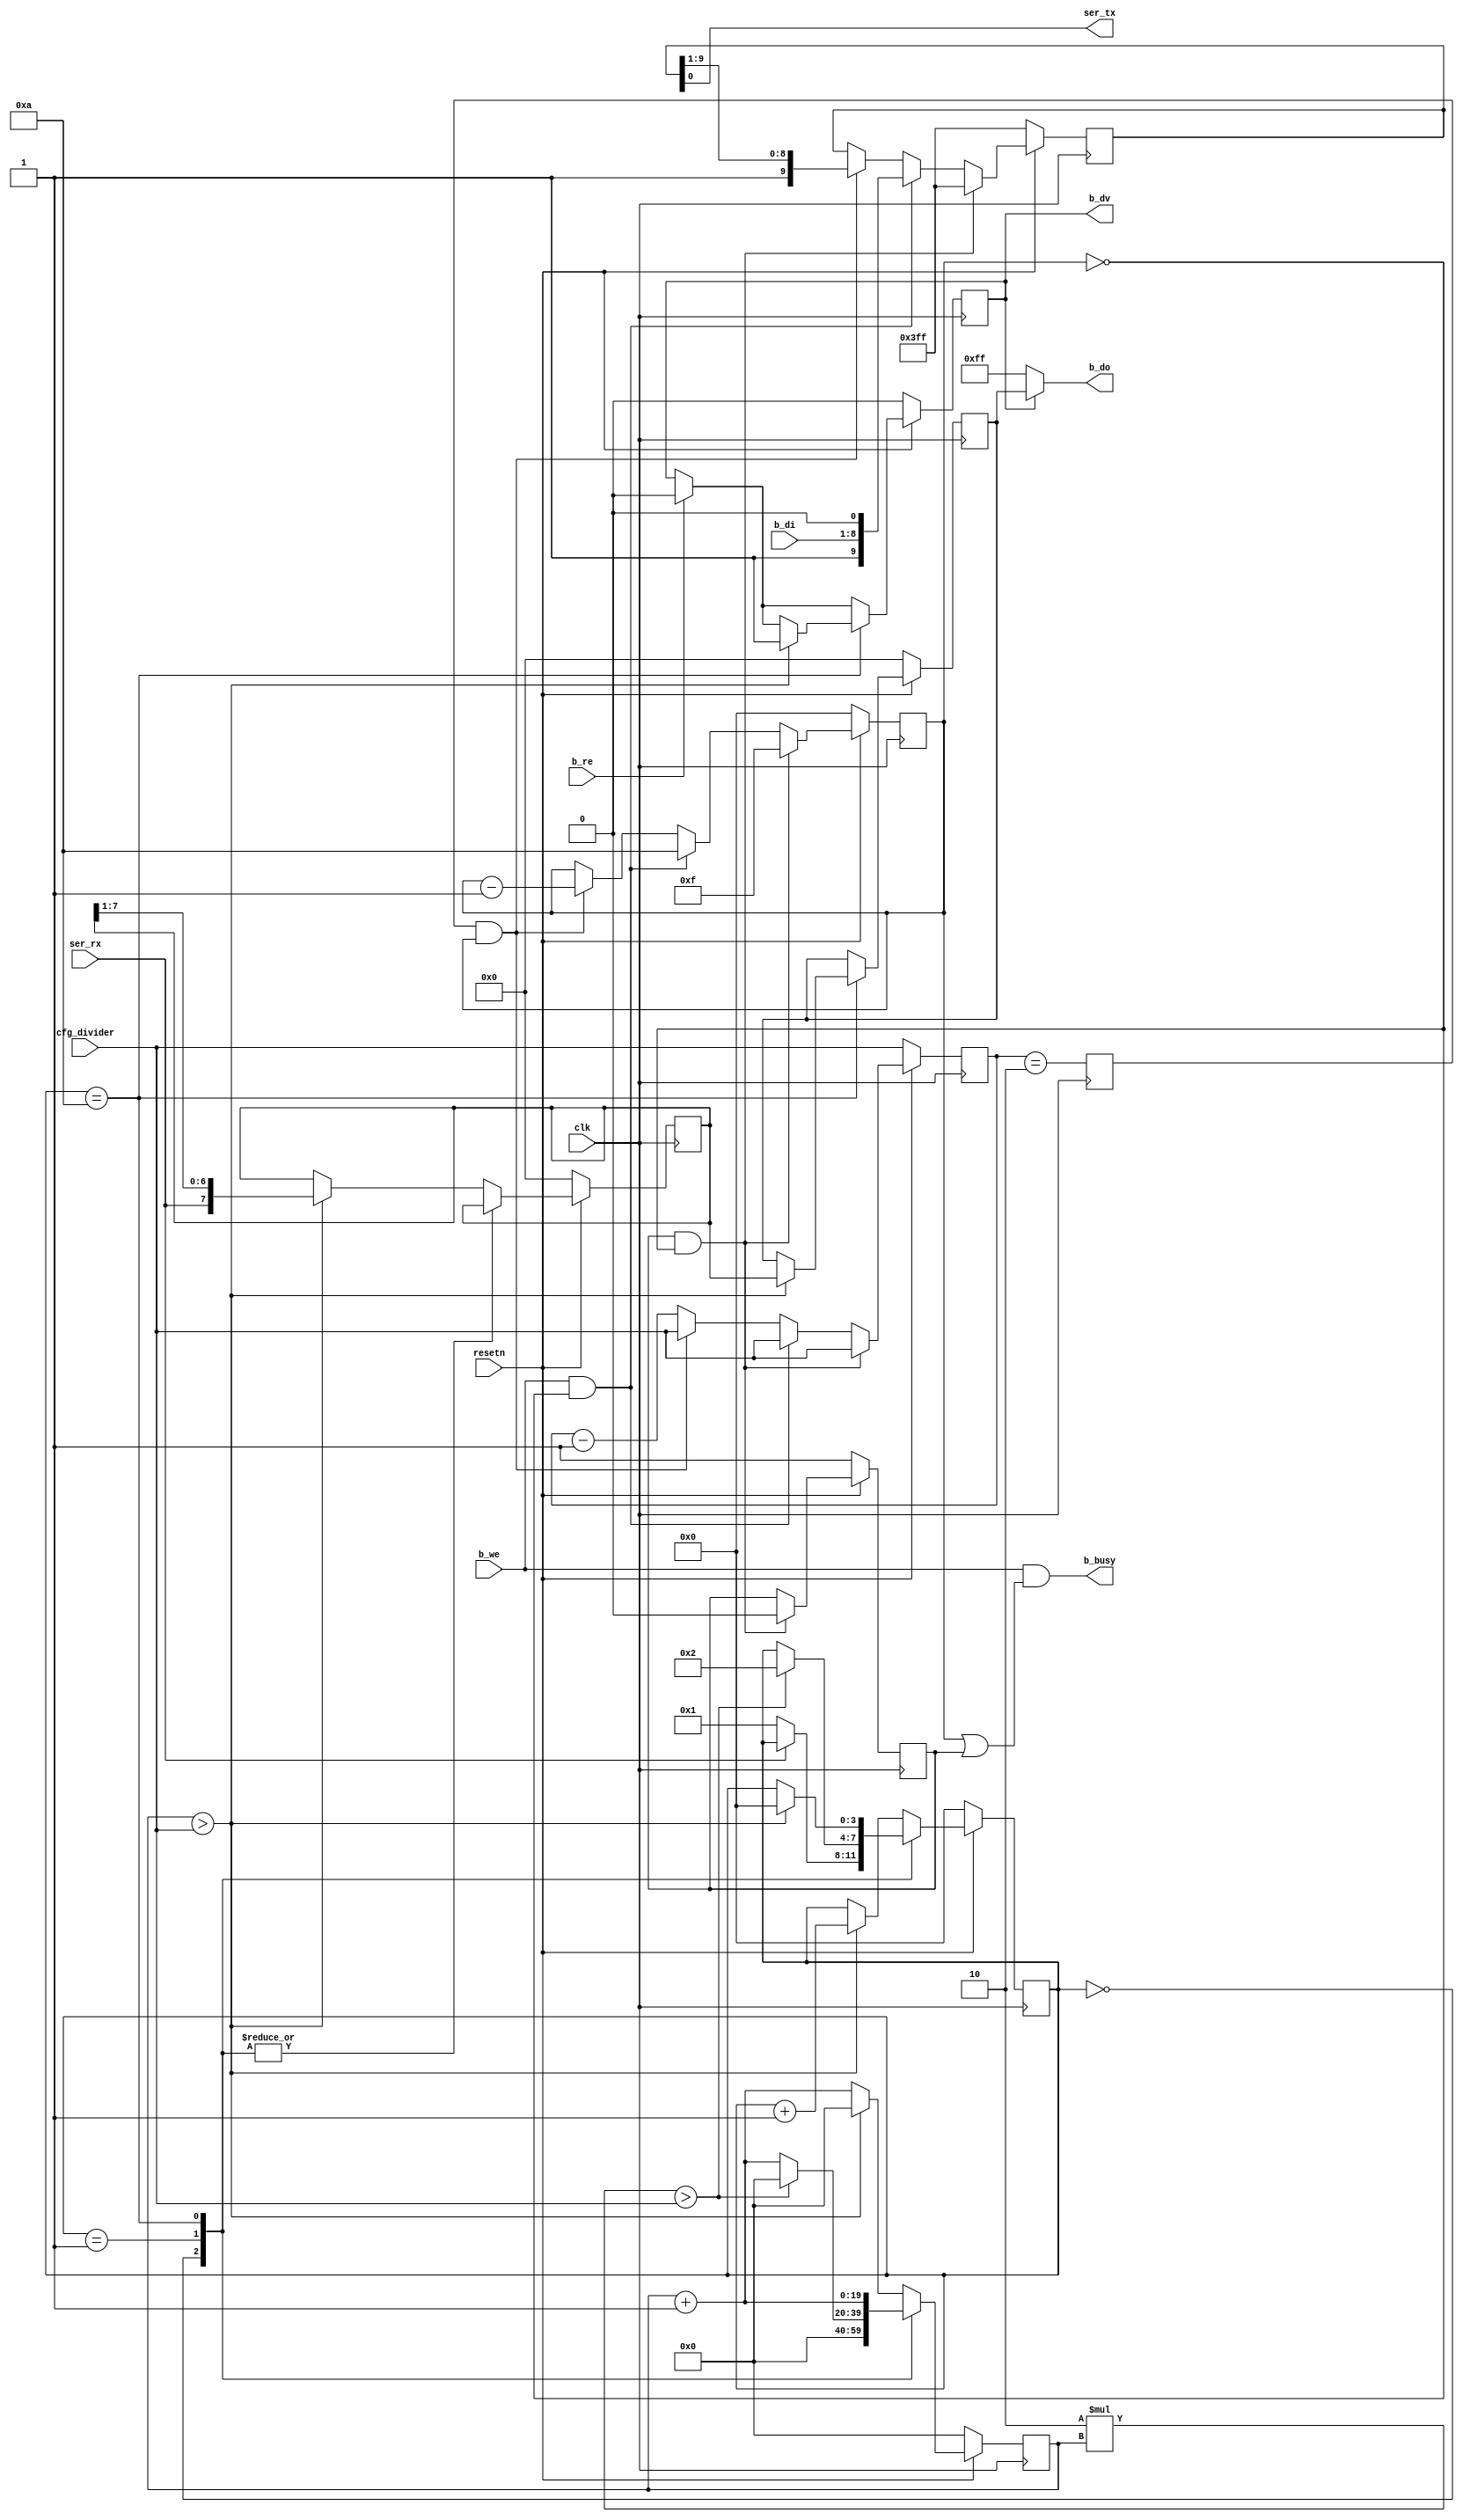
/*
 *  PicoSoC - A simple example SoC using PicoRV32
 *
 *  Copyright (C) 2017  Clifford Wolf <clifford@clifford.at>
 *
 *  Permission to use, copy, modify, and/or distribute this software for any
 *  purpose with or without fee is hereby granted, provided that the above
 *  copyright notice and this permission notice appear in all copies.
 *
 *  THE SOFTWARE IS PROVIDED "AS IS" AND THE AUTHOR DISCLAIMS ALL WARRANTIES
 *  WITH REGARD TO THIS SOFTWARE INCLUDING ALL IMPLIED WARRANTIES OF
 *  MERCHANTABILITY AND FITNESS. IN NO EVENT SHALL THE AUTHOR BE LIABLE FOR
 *  ANY SPECIAL, DIRECT, INDIRECT, OR CONSEQUENTIAL DAMAGES OR ANY DAMAGES
 *  WHATSOEVER RESULTING FROM LOSS OF USE, DATA OR PROFITS, WHETHER IN AN
 *  ACTION OF CONTRACT, NEGLIGENCE OR OTHER TORTIOUS ACTION, ARISING OUT OF
 *  OR IN CONNECTION WITH THE USE OR PERFORMANCE OF THIS SOFTWARE.
 *
 */
/*
 *  simpleuart lightly modified by L. Doolittle from C. Wolf's original:
 *    cfg_divider is a direct input, rather than attaching to a host bus
 *    send_divcnt and recv_divcnt are now only 20 bits wide
 *    reg_dat_ names are shortened to b_
 *    actual data ports are now only 8 bits wide (not padded to 32)
 *    b_busy and b_dv are new outputs
 *    send_divcnt is now a down-counter with pipelined terminal count detect
 *
 *  Baud rate computation:
 *    One bit time is clk period * cfg_divider
 *    e.g., use cfg_divider = 13021 for 9600 baud with 125 MHz clk
 *    minimum valid value of cfg_divider is 2.
 */

// Should the 20-bit divider width be parameterized?
module simpleuart (
	input clk,
	input resetn,

	output ser_tx,
	input  ser_rx,

	input  [19:0] cfg_divider,

	input        b_we,
	input        b_re,
	input  [7:0] b_di,
	output [7:0] b_do,
	output       b_dv,
	output       b_busy
);

	reg [3:0] recv_state;
	reg [19:0] recv_divcnt;
	reg [7:0] recv_pattern;
	reg [7:0] recv_buf_data;
	reg recv_buf_valid;

	reg [9:0] send_pattern;
	reg [3:0] send_bitcnt;
	reg [19:0] send_divcnt;
	reg send_divcnt_done;
	reg send_dummy;


	assign b_busy = b_we && (send_bitcnt || send_dummy);
	assign b_do = recv_buf_valid ? recv_buf_data : ~0;
	assign b_dv = recv_buf_valid;

	always @(posedge clk) begin
		if (!resetn) begin
			recv_state <= 0;
			recv_divcnt <= 0;
			recv_pattern <= 0;
			recv_buf_data <= 0;
			recv_buf_valid <= 0;
		end else begin
			recv_divcnt <= recv_divcnt + 1;
			if (b_re)
				recv_buf_valid <= 0;
			case (recv_state)
				0: begin
					if (!ser_rx)
						recv_state <= 1;
					recv_divcnt <= 0;
				end
				1: begin
					if (2*recv_divcnt > cfg_divider) begin
						recv_state <= 2;
						recv_divcnt <= 0;
					end
				end
				10: begin
					if (recv_divcnt > cfg_divider) begin
						recv_buf_data <= recv_pattern;
						recv_buf_valid <= 1;
						recv_state <= 0;
					end
				end
				default: begin
					if (recv_divcnt > cfg_divider) begin
						recv_pattern <= {ser_rx, recv_pattern[7:1]};
						recv_state <= recv_state + 1;
						recv_divcnt <= 0;
					end
				end
			endcase
		end
	end

	assign ser_tx = send_pattern[0];

	always @(posedge clk) begin
		send_divcnt <= send_divcnt - 1;
		send_divcnt_done <= send_divcnt==2;
		if (!resetn) begin
			send_pattern <= ~0;
			send_bitcnt <= 0;
			send_divcnt <= cfg_divider;
			send_dummy <= 1;
		end else begin
			if (send_dummy && !send_bitcnt) begin
				send_pattern <= ~0;
				send_bitcnt <= 15;
				send_divcnt <= cfg_divider;
				send_dummy <= 0;
			end else
			if (b_we && !send_bitcnt) begin
				send_pattern <= {1'b1, b_di, 1'b0};
				send_bitcnt <= 10;
				send_divcnt <= cfg_divider;
			end else
			if (send_divcnt_done && send_bitcnt) begin
				send_pattern <= {1'b1, send_pattern[9:1]};
				send_bitcnt <= send_bitcnt - 1;
				send_divcnt <= cfg_divider;
			end
		end
	end
endmodule